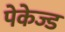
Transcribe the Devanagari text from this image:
पेकेज्ड